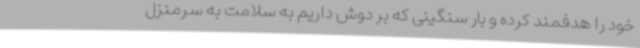
خود را هدفمند کرده و بار سنگینی که بر دوش داریم به سلامت به سرمنزل